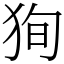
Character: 狥